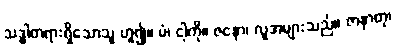
သဒ္ဓါတရားရှိသောသူ ဟူ၍။ မံ၊ ငါ့ကို။ ဇနော၊ လူအများသည်။ ဇာနာတု၊